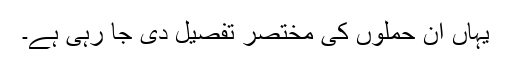
یہاں ان حملوں کی مختصر تفصیل دی جا رہی ہے۔